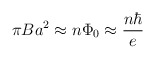
\begin{align*}\pi B a^{2} \approx n\Phi _{0} \approx \frac{n\hbar}{e}\end{align*}